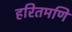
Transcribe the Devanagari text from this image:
हरितमणि